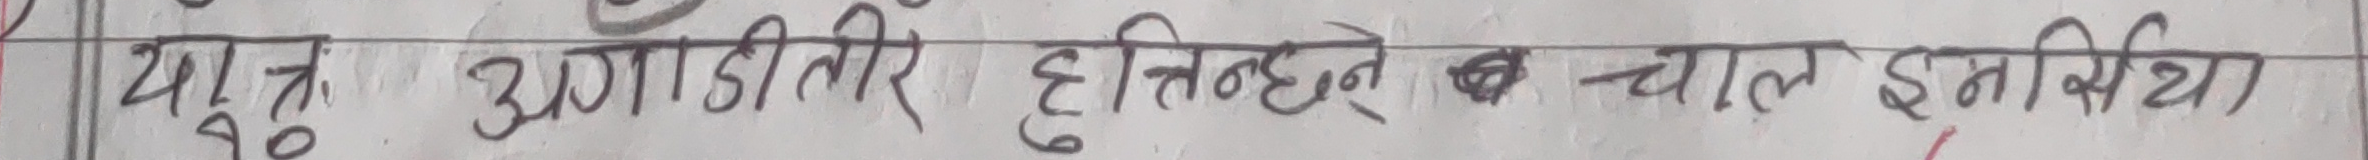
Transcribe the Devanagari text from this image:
यात्रु अगाडीतिर हुत्तिनछन्। चान इमर्सिया